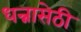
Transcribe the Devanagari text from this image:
धन्नासेठी